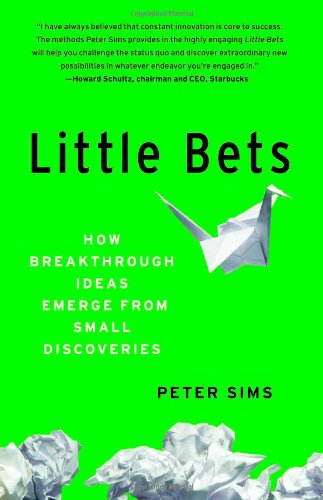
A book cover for Little Bets: How Breakthrough Ideas Emerge from Small Discoveries; Peter Sims; Business & Money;